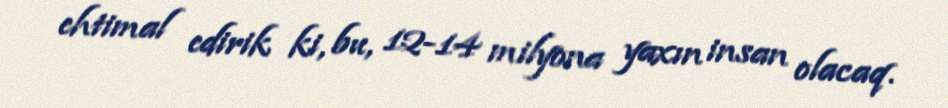
ehtimal edirik ki, bu, 12-14 milyona yaxın insan olacaq.